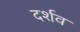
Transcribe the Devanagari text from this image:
दर्शव